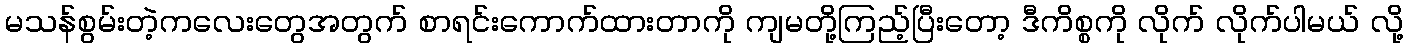
မသန်စွမ်းတဲ့ကလေးတွေအတွက် စာရင်းကောက်ထားတာကို ကျမတို့ကြည့်ပြီးတော့ ဒီကိစ္စကို လိုက် လိုက်ပါမယ် လို့